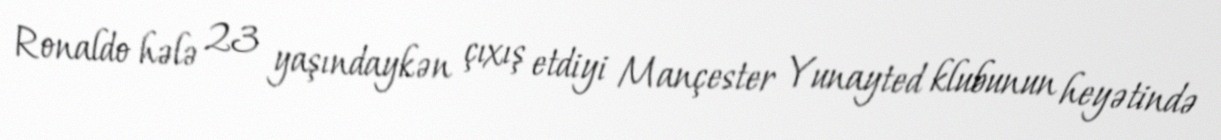
Ronaldo hələ 23 yaşındaykən çıxış etdiyi Mançester Yunayted klubunun heyətində